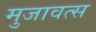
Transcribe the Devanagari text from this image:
मुजावत्स